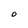
Character: O